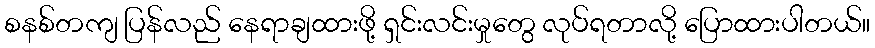
စနစ်တကျ ပြန်လည် နေရာချထားဖို့ ရှင်းလင်းမှုတွေ လုပ်ရတာလို့ ပြောထားပါတယ်။